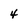
Character: 4